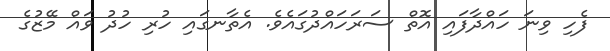
ފެހި ވިނަ ހައްދާފައި އޮތް ސަރަހައްދުގައެވެ. އެތާނގައި ހުރި ހުދު ވައް މޭޒުގެ